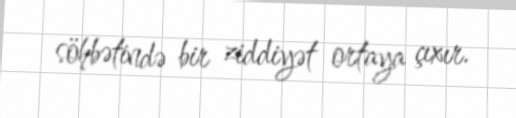
söhbətində bir ziddiyət ortaya çıxır.